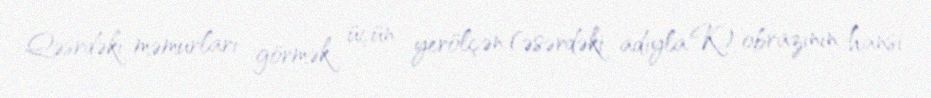
Qəsrdəki məmurları görmək üçün yerölçən (əsərdəki adıyla K.) obrazının hansı